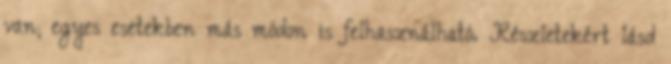
van; egyes esetekben más módon is felhasználható. Részletekért lásd